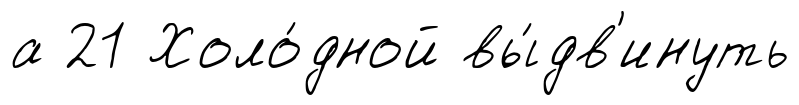
а 21 Холо́дной вы́дв'инуть